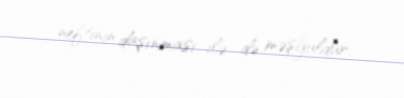
neftinin daşınması ilə də məşğuldur.